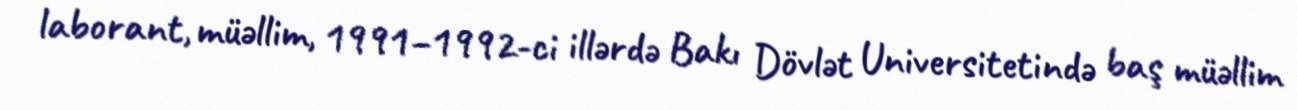
laborant, müəllim, 1991–1992-ci illərdə Bakı Dövlət Universitetində baş müəllim